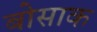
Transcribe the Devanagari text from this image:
बोसाक